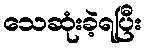
သေဆုံးခဲ့ရပြီး